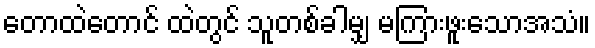
တောထဲတောင် ထဲတွင် သူတစ်ခါမျှ မကြားဖူးသောအသံ။